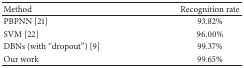
| Method | Recognition rate |
 | --- | --- |
 | PBPNN [21] | 93.82% |
 | SVM [22] | 96.00% |
 | DBNs (with “dropout”) [9] | 99.37% |
 | Our work | 99.65% |